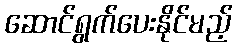
ဆောင်ရွက်ပေးနိုင်မည့်